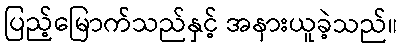
ပြည့်မြောက်သည်နှင့် အနားယူခဲ့သည်။